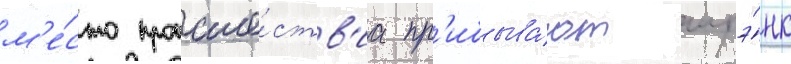
м'е́сто происше́ств'иа пр'ибыва́ют шрэ́нк